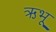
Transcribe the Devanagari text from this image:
ऋभू